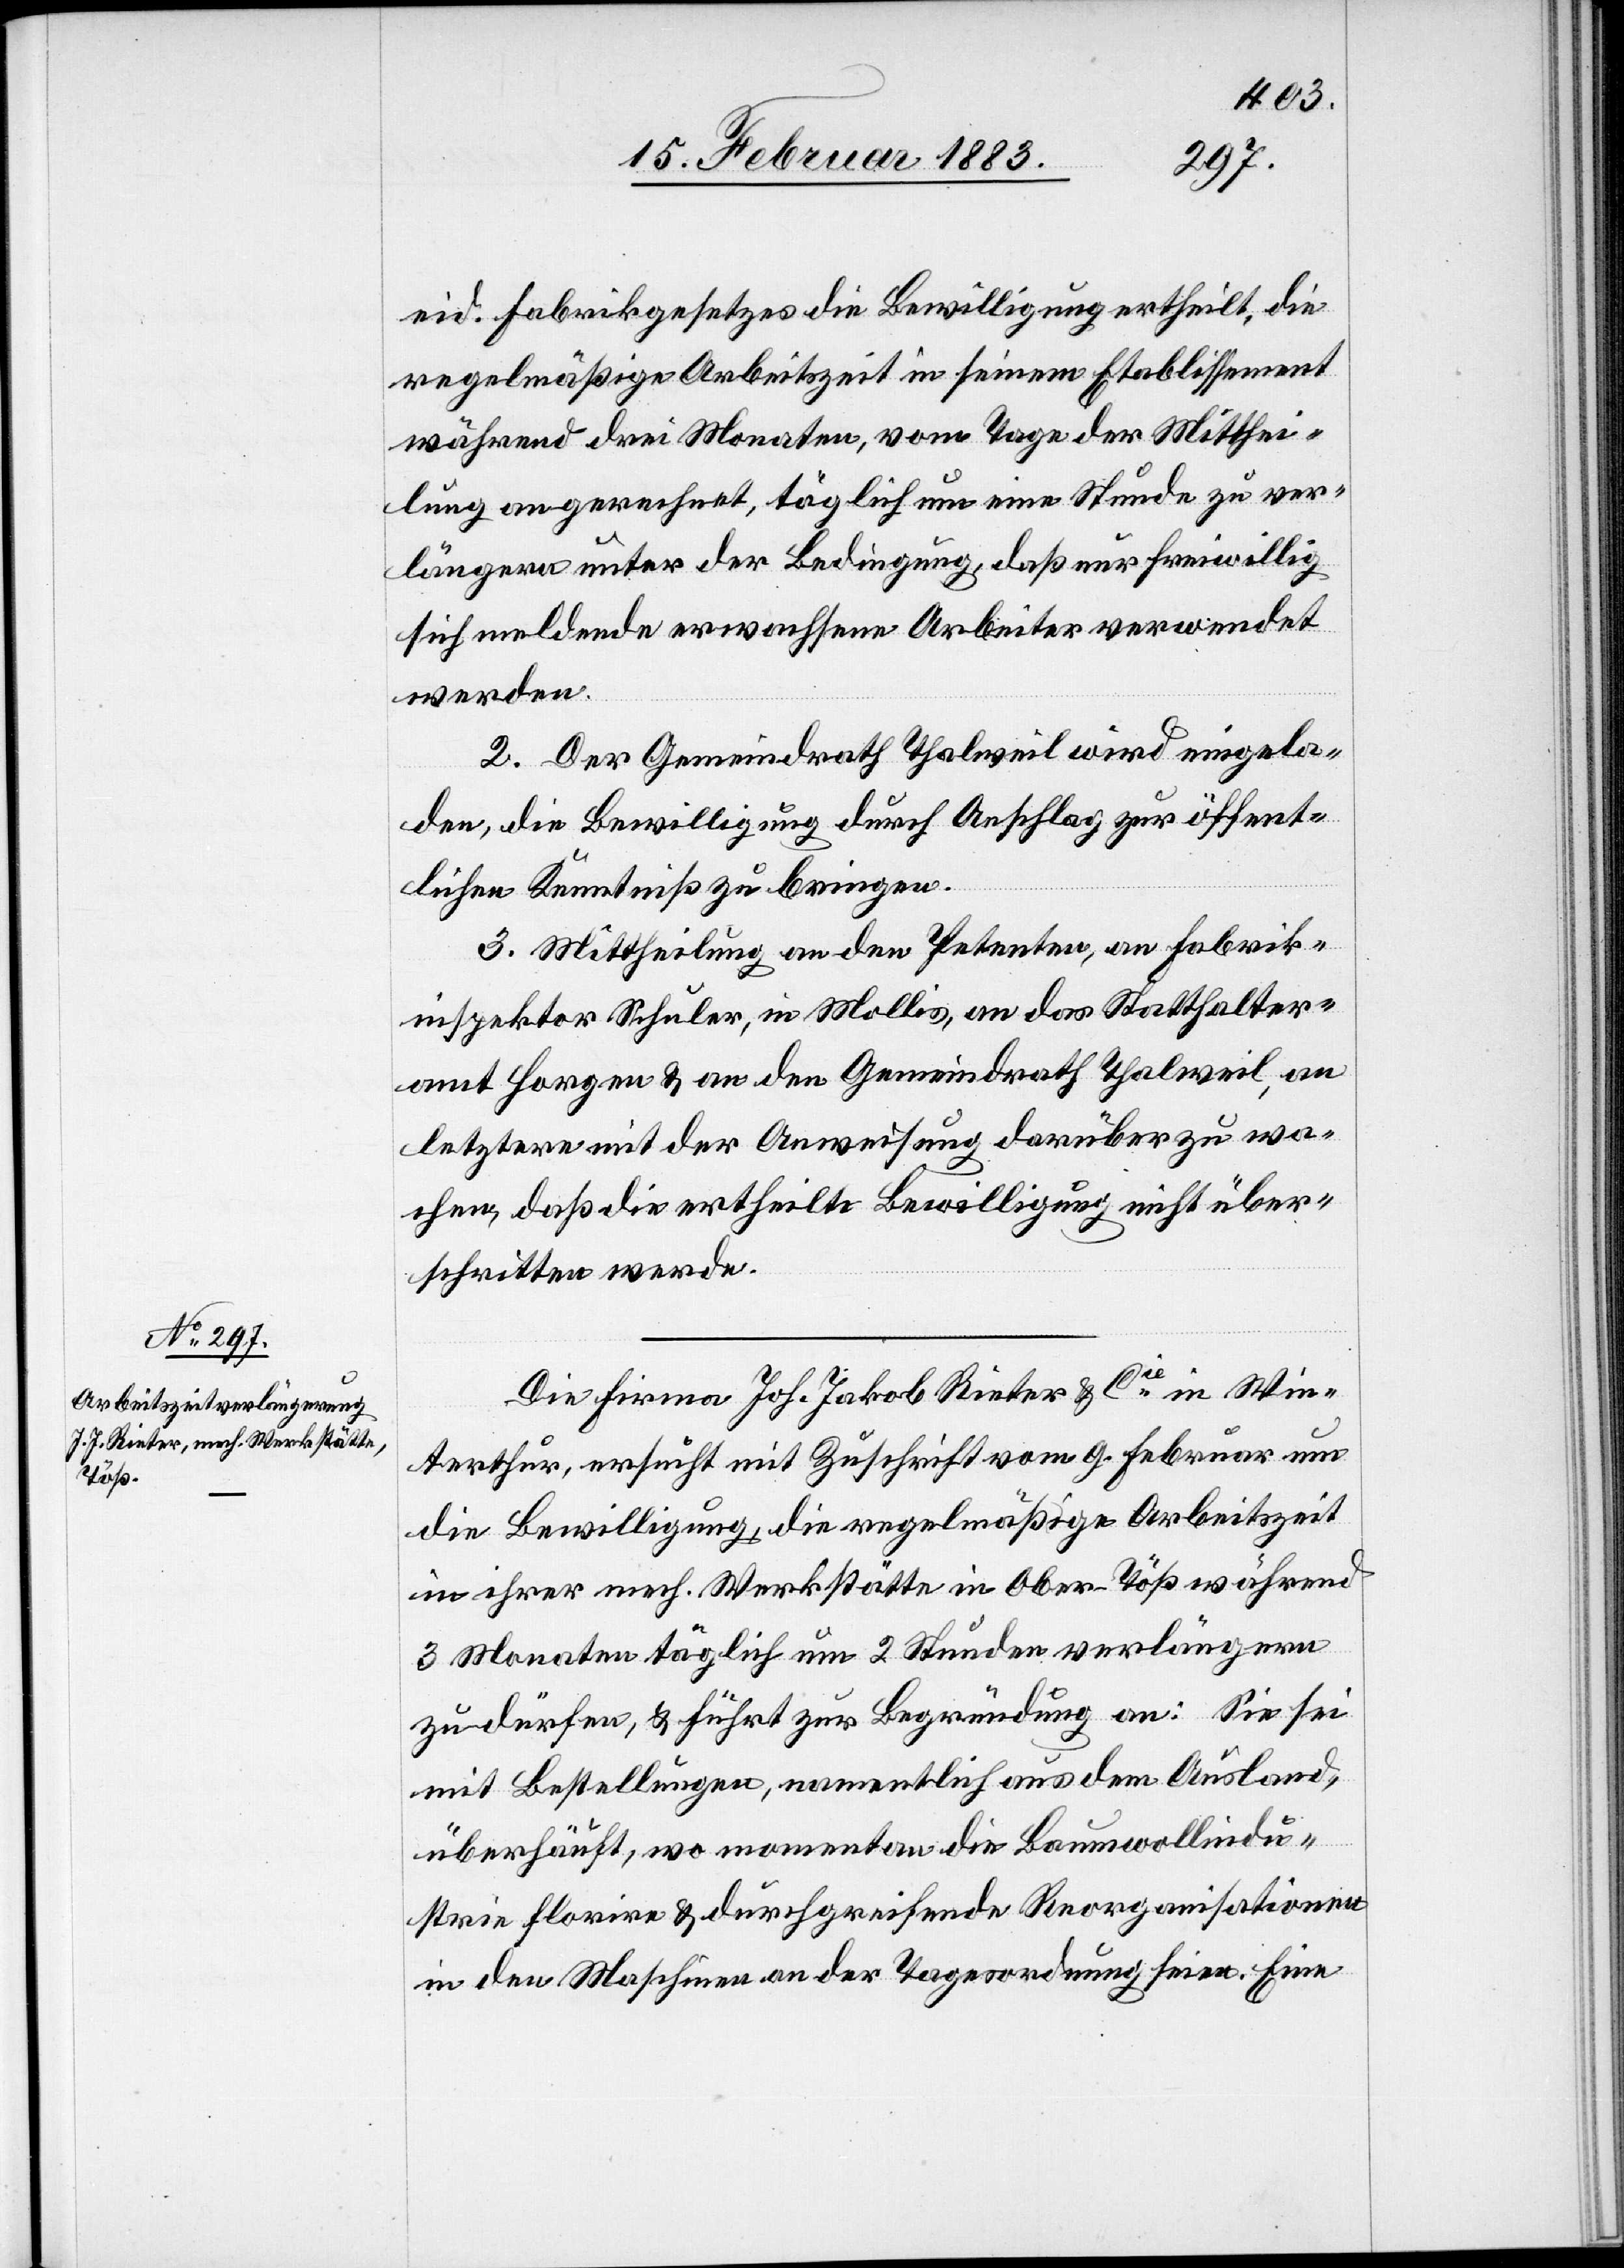
eid. Fabrikgesetzes die Bewilligung ertheilt, die
regelmäßige Arbeitszeit in seinem Etablissement
während drei Monaten, vom Tage der Mitthei¬
lung an gerechnet, täglich um eine Stunde zu ver¬
längern unter der Bedingung, daß nur freiwillig
sich meldende erwachsene Arbeiter verwendet
werden.
2. Der Gemeindrath Thalweil wird eingela¬
den, die Bewilligung durch Anschlag zur öffent¬
lichen Kenntniß zu bringen.
3. Mittheilung an den Petenten, an Fabrik¬
inspektor Schuler, in Mollis, an das Statthalter¬
amt Horgen & an den Gemeindrath Thalweil, an
letztere mit der Anweisung, darüber zu wa¬
chen, daß die ertheilte Bewilligung nicht über¬
schritten werde.
Die Firma Joh. Jakob Rieter & Cie in Win¬
terthur, ersucht mit Zuschrift vom 9. Februar um
die Bewilligung, die regelmäßige Arbeitszeit
in ihrer mech. Werkstätte in Ober-Töß während
3 Monaten täglich um 2 Stunden verlängern
zu dürfen, & führt zur Begründung an: Sie sei
mit Bestellungen, namentlich aus dem Ausland,
überhäuft, wo momentan die Baumwollindu¬
strie florire & durchgreifende Reorganisationen
in den Maschinen an der Tagesordnung seien. Eine